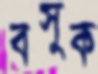
বসুক